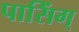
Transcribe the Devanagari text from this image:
पासिंग्